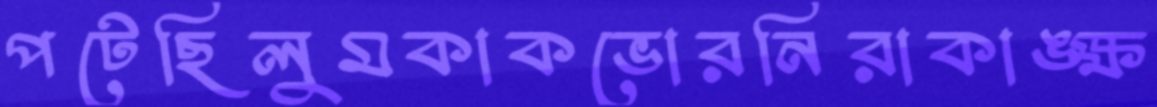
পটেছিলুমকাকভোরনিরাকাঙ্ক্ষ